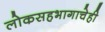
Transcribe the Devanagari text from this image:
लोकसहभागाचेही